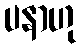
ပနာဟု